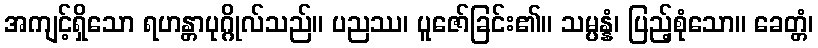
အကျင့်ရှိသော ရဟန္တာပုဂ္ဂိုလ်သည်။ ပညဿ၊ ပူဇော်ခြင်း၏။ သမ္ပန္နံ၊ ပြည့်စုံသော။ ခေတ္တံ၊